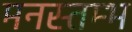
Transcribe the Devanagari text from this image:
मनस्तम्भ